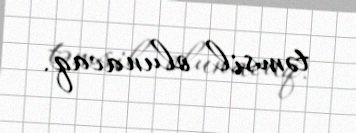
təmsil olunacaq.